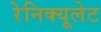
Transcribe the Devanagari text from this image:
रेनिक्यूलेट